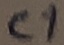
Text: C1